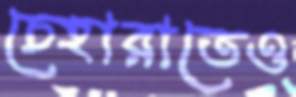
চেহারাতেও